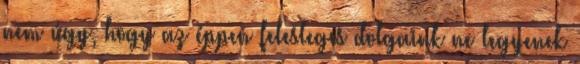
nem úgy, hogy az éppen felesleges dolgaink ne legyenek